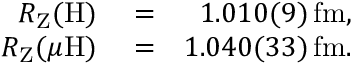
\begin{array} { r l r } { R _ { \mathrm { Z } } ( \mathrm { H } ) } & { { } = } & { 1 . 0 1 0 ( 9 ) \, \mathrm { f m } , } \\ { R _ { \mathrm { Z } } ( \mu \mathrm { H } ) } & { { } = } & { 1 . 0 4 0 ( 3 3 ) \, \mathrm { f m } . } \end{array}